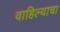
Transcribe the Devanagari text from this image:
वाहिल्याचा